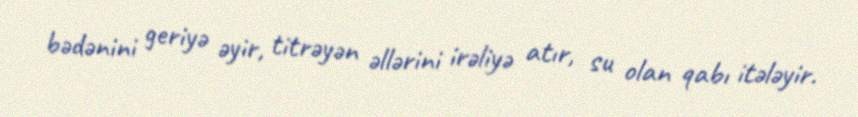
bədənini geriyə əyir, titrəyən əllərini irəliyə atır, su olan qabı itələyir.